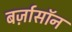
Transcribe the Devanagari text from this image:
बर्ज़ासॉन